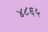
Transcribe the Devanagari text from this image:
४८६५